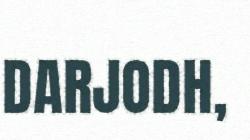
DARJODH,